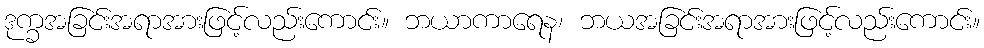
ဒုက္ခအခြင်းအရာအားဖြင့်လည်းကောင်း။ ဘယာကာရေန၊ ဘယအခြင်းအရာအားဖြင့်လည်းကောင်း။